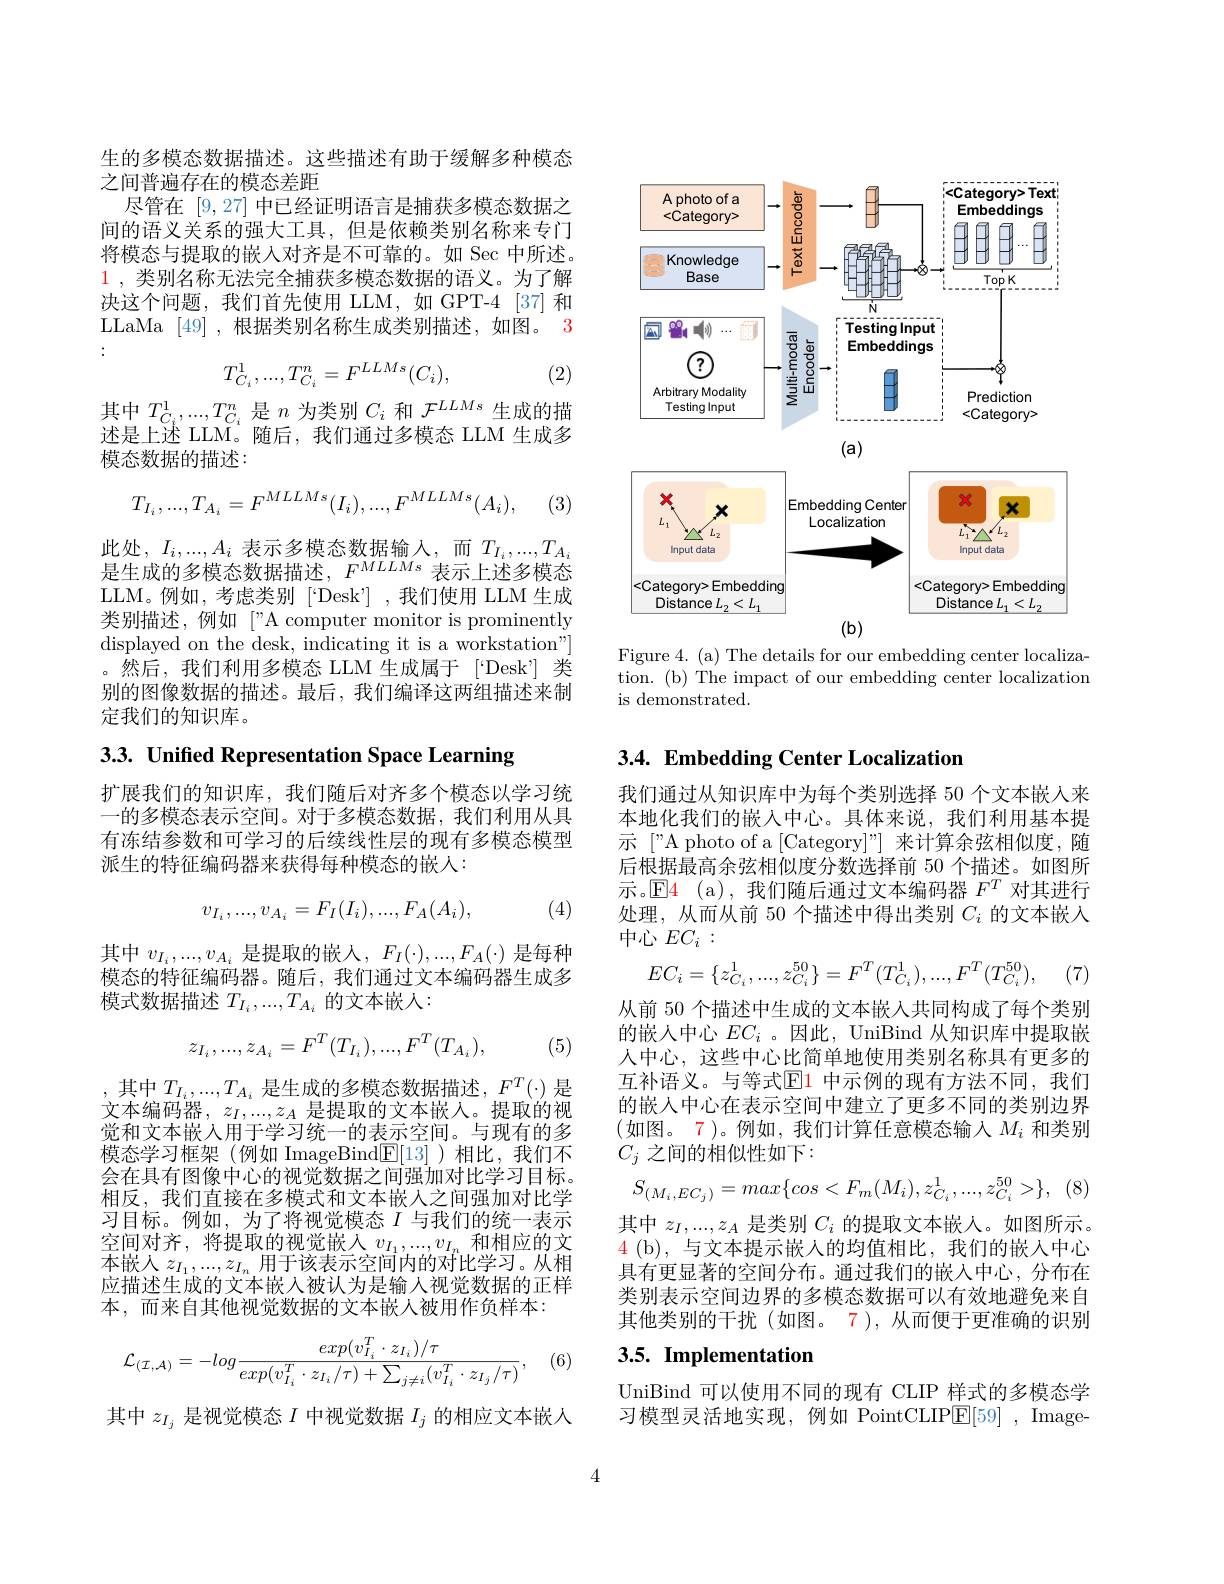
生的多模态数据描述。这些描述有助于缓解多种模态
之间普遍存在的模态差距
尽管在[9,27]中已经证明语言是捕获多模态数据之间的语义关系的强大工具，但是依赖类别名称来专门将模态与提取的嵌人对齐是不可靠的。如 Sec 中所述。$\color{red}1$,类别名称无法完全捕获多模态数据的语义。为了解决这个问题，我们首先使用 LLM,如 GPT-4 [37] 和LLaMa [49] ,根据类别名称生成类别描述，如图。3 :
$$T_{C_i}^1,...,T_{C_i}^n=F^{LLMs}(C_i),$$
(2)

其中$T_{C_i}^1,...,T_{C_i}^n$是$n$为类别$C_i$和$\mathcal{F}^LLMs$生成的描述是上述 LLM。随后，我们通过多模态 LLM 生成多模态数据的描述：
$$T_{I_i},...,T_{A_i}=F^{MLLMs}(I_i),...,F^{MLLMs}(A_i),$$
(3)

此处$,I_i,...,A_i$表示多模态数据输入，而$T_I_i,...,T_A_i$ 是牛成的多模态数据描述，$F^{MLLMs}$表示上沭多槿态LLM。例如，考虑类别 [“Desk”] ,我们使用 LLM 生成类别描述，例如["A computer monitor is prominently displayed on the desk, indicating it is a workstation"] 。然后，我们利用多模态 LLM 生成属于[“Desk”] 类别的图像数据的描述。最后，我们编译这两组描述来制定我们的知识库。

3.3. Unified Representation Space Learning

扩展我们的知识库，我们随后对齐多个模态以学习统一的多模态表示空间。对于多模态数据，我们利用从具有冻结参数和可学习的后续线性层的现有多模态模型派生的特征编码器来获得每种模态的嵌人：
$$v_{I_i},...,v_{A_i}=F_I(I_i),...,F_A(A_i),$$
(4)

其中$v_{I_i},...,v_{A_i}$是提取的嵌入$,F_I(\cdot),...,F_A(\cdot)$是每种模态的特征编码器。随后，我们通过文本编码器生成多模式数据描述 $T_I_i,...,T_{A_i}$ 的文本嵌人：
$$z_{I_i},...,z_{A_i}=F^T(T_{I_i}),...,F^T(T_{A_i}),$$
(5)

,其中$T_I_i,...,T_{A_i}$是生成的多模态数据描述$,F^T(\cdot)$是文本编码器，$z_I,...,z_A$是提取的文本嵌人。提取的视觉和文本嵌人用于学习统一的表示空间。与现有的多模态学习框架(例如 ImageBind$\underline{\mathrm{E}}[13]$)相比，我们不会在具有图像中心的视觉数据之间强加对比学习目标。相反，我们直接在多模式和文本嵌人之间强加对比学习目标。例如，为了将视觉模态$I$ 与我们的统一表示空间对齐，将提取的视觉嵌人$v_I_1,...,v_{I_n}$和相应的文本嵌人$z_I_1,...,z_{I_n}$用于该表示空间内的对比学习。从相应描述生成的文本嵌入被认为是输入视觉数据的正样本，而来自其他视觉数据的文本嵌人被用作负样本：

(6)
$$\mathcal{L}_{(\mathcal{I},\mathcal{A})}=-log\frac{exp(v_{I_{i}}^{T}\cdot z_{I_{i}})/\tau}{exp(v_{I_{i}}^{T}\cdot z_{I_{i}}/\tau)+\sum_{j\neq i}(v_{I_{i}}^{T}\cdot z_{I_{j}}/\tau)},$$
其中$z_{I_{j}}$是视觉模态$I$中视觉数据$I_j$的相应文本嵌入

<FigureHere>

Figure 4. (a) The details for our embedding center localization. (b) The impact of our embedding center localization is demonstrated.

## 3.4. Embedding Center Localization

我们通过从知识库中为每个类别选择 50 个文本嵌人来本地化我们的嵌入中心。具体来说，我们利用基本提示 ["A photo of a [Category]”] 来计算余弦相似度，随后根据最高余弦相似度分数选择前 50 个描述。如图所示。$\operatorname{E}\color{red}{4}\mathrm{(a),}$我们随后通过文本编码器 $F^T$ 对其进行处理，从而从前 50 个描述中得出类别$C_i$的文本嵌入中心$EC_i:$
$$EC_i=\{z_{C_i}^1,...,z_{C_i}^{50}\}=F^T(T_{C_i}^1),...,F^T(T_{C_i}^{50}),$$
 , (7)

从前 50 个描述中生成的文本嵌人共同构成了每个类别的嵌入中心$EC_i$ 。因此，UniBind 从知识库中提取嵌人中心，这些中心比简单地使用类别名称具有更多的互补语义。与等式$\overline{\mathbb{E}}$1 中示例的现有方法不同，我们的嵌人中心在表示空间中建立了更多不同的类别边界(如图。7)。例如，我们计算任意模态输入$M_i$ 和类别$C_j$ 之间的相似性如下：
$$S_{(M_i,EC_j)}=max\{cos<F_m(M_i),z_{C_i}^1,...,z_{C_i}^{50}>\},$$
其中$z_I,...,z_A$是类别$C_i$的提取文本嵌人。如图所示。4 ( b) , 与文本提示嵌人的均值相比，我们的嵌入中心具有更显著的空间分布。通过我们的嵌人中心，分布在类别表示空间边界的多模态数据可以有效地避免来自其他类别的干扰(如图。7),从而便于更准确的识别

# 3.5. Implementation

UniBind 可以使用不同的现有 CLIP 样式的多模态学习模型灵活地实现，例如 PointCLIPE[59], Image-

4